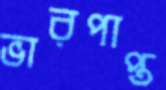
ভারপাপ্ত